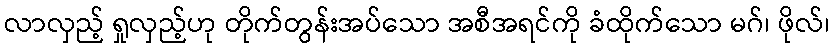
လာလှည့် ရှုလှည့်ဟု တိုက်တွန်းအပ်သော အစီအရင်ကို ခံထိုက်သော မဂ်၊ ဖိုလ်၊